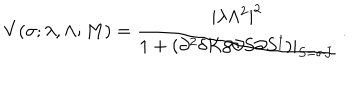
LaTeX: V ( \sigma ; \lambda , \Lambda ; M ) = \frac { | \lambda \Lambda ^ { 2 } | ^ { 2 } } { 1 + \left. \left( \partial ^ { 2 } \delta K / \partial S \partial S ^ { \dagger } \right) \right| _ { S = \sigma J } } \ .